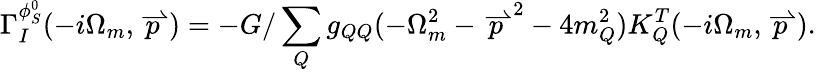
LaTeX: \Gamma_{I}^{\phi_{S}^{0}}(-i\Omega_{m},\stackrel{\rightharpoonup}{p})=-G/\sum_{Q}g_{QQ}(-\Omega_{m}^{2}-{\stackrel{\rightharpoonup}{p}}^{2}-4m_{Q}^{2})K_{Q}^{T}(-i\Omega_{m},\stackrel{\rightharpoonup}{p}).